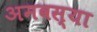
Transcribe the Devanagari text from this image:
अमवस्या